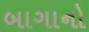
બાગાનો